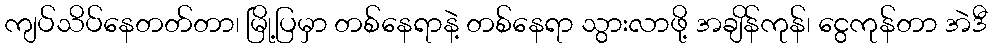
ကျပ်သိပ်နေတတ်တာ၊ မြို့ပြမှာ တစ်နေရာနဲ့ တစ်နေရာ သွားလာဖို့ အချိန်ကုန်၊ ငွေကုန်တာ အဲဒီ